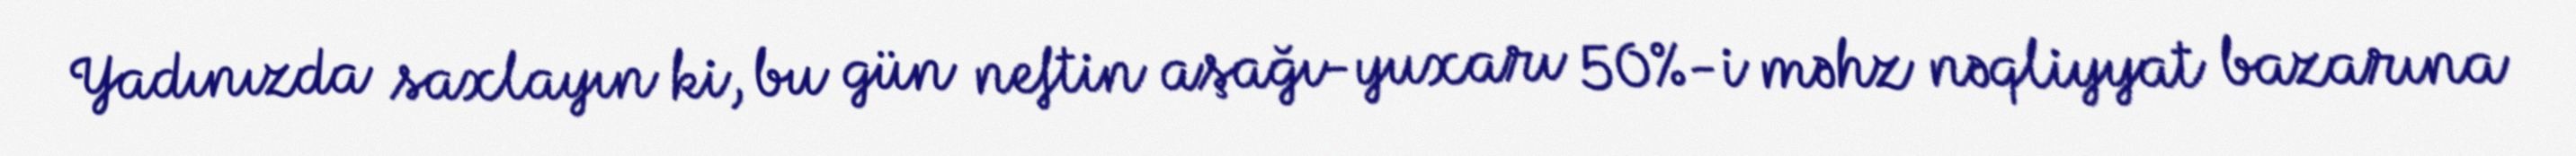
Yadınızda saxlayın ki, bu gün neftin aşağı-yuxarı 50%-i məhz nəqliyyat bazarına